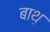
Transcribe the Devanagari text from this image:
बाथ़